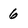
Character: 6